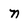
Character: n